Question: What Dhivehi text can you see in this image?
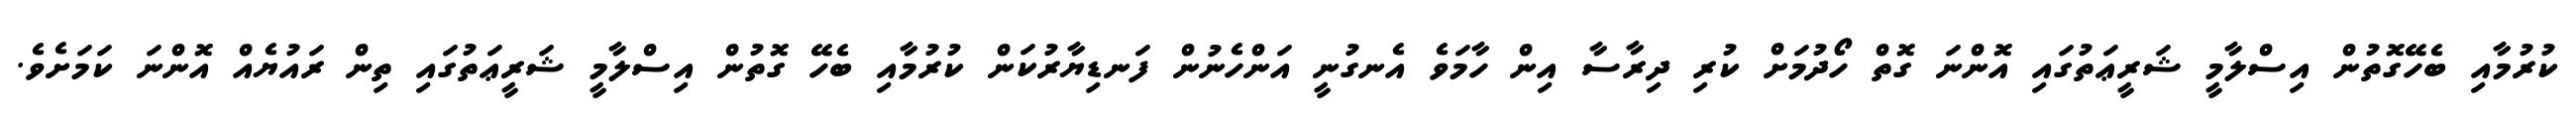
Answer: ކުރުމާއި ބެހޭގޮތުން އިސްލާމީ ޝަރީޢަތުގައި އޮންނަ ގޮތް ހޯދުމަށް ކުރި ދިރާސާ އިން ހާމަވެ އެނގުނީ އަންހެނުން ފަނޑިޔާރުކަން ކުރުމާއި ބެހޭ ގޮތުން އިސްލާމީ ޝަރީޢަތުގައި ތިން ރައުޔެއް އޮންނަ ކަމަށެވެ.